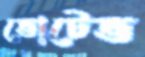
ভোটেভ